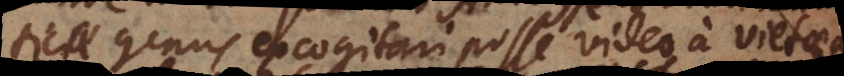
genus excogitari posse video a Vietaea